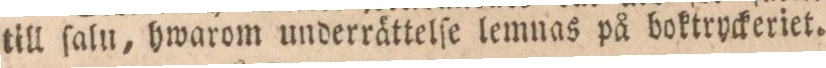
till ſalu, hwarom underrättelſe lemnas på boktryckeriet.